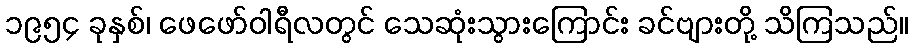
၁၉၅၄ ခုနှစ်၊ ဖေဖော်ဝါရီလတွင် သေဆုံးသွားကြောင်း ခင်ဗျားတို့ သိကြသည်။